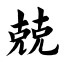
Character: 兢